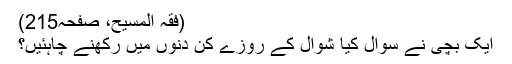
(فقہ المسیح، صفحہ215)
ایک بچی نے سوال کیا شوال کے روزے کن دنوں میں رکھنے چاہئیں؟